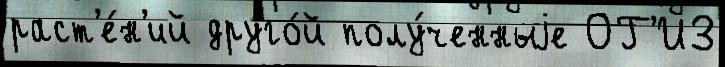
раст'е́н'ий друго́й полу́ченныjе ОГ'ИЗ